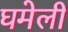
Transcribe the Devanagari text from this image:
घमेली